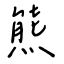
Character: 熊